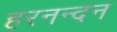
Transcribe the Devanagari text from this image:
हरनन्दन